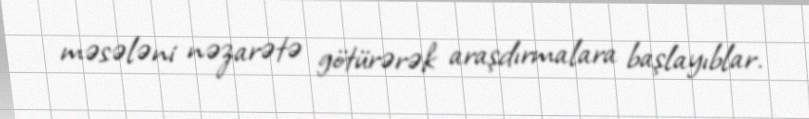
məsələni nəzarətə götürərək araşdırmalara başlayıblar.